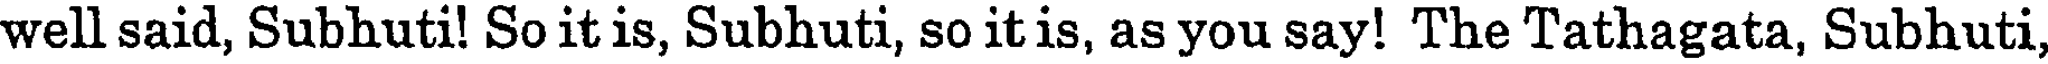
well said, Subhuti! So it is, Subhuti, so it is, as you say! The Tathagata, Subhuti,